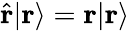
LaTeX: {\hat{\mathbf{r}}}|\mathbf{r}\rangle=\mathbf{r}|\mathbf{r}\rangle